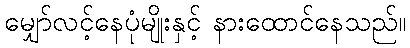
မျှော်လင့်နေပုံမျိုးနှင့် နားထောင်နေသည်။